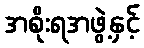
အစိုးရအဖွဲ့နှင့်